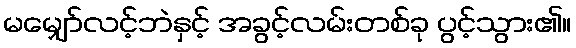
မမျှော်လင့်ဘဲနှင့် အခွင့်လမ်းတစ်ခု ပွင့်သွား၏။